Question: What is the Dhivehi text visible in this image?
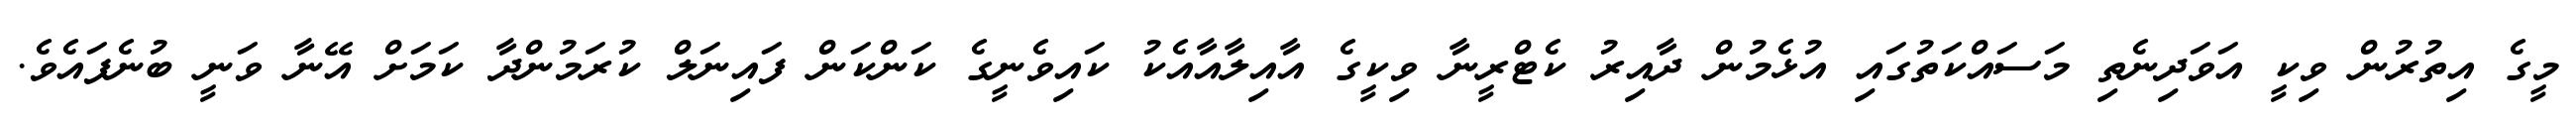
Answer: މީގެ އިތުރުން ވިކީ އަވަދިނެތި މަސައްކަތުގައި އުޅެމުން ދާއިރު ކެޓްރީނާ ވިކީގެ އާއިލާއާއެކު ކައިވެނީގެ ކަންކަން ފައިނަލް ކުރަމުންދާ ކަމަށް އޭނާ ވަނީ ބުނެފައެވެ.